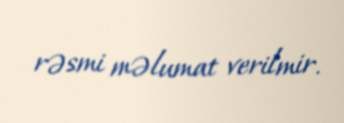
rəsmi məlumat verilmir.